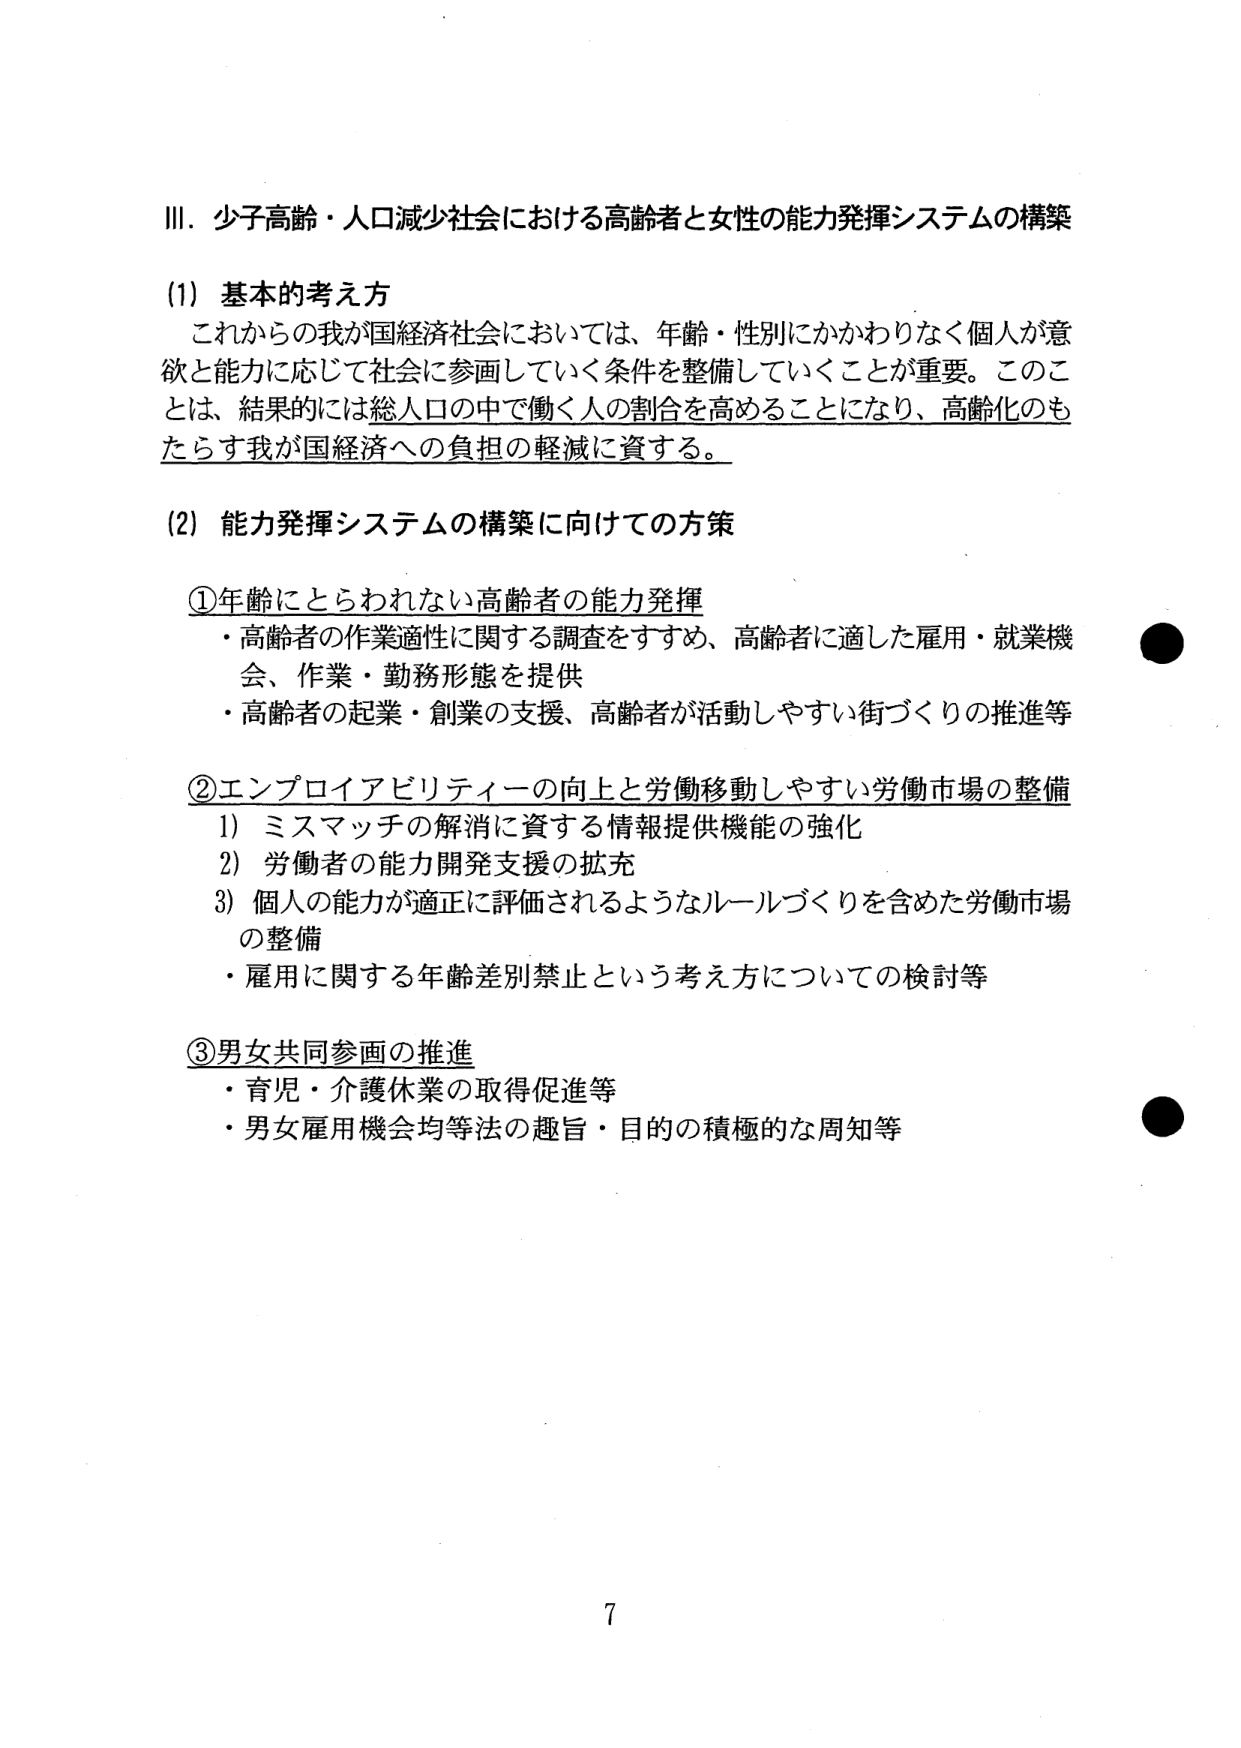
Ⅲ．少子高齢・人口減少社会における高齢者と女性の能力発揮システムの構築

(1) 基本的考え方
これからの我が国経済社会においては、年齢・性別にかかわりなく個人が意欲と能力に応じて社会に参画していく条件を整備していくことが重要。このことは、結果的には総人口の中で働く人の割合を高めることになり、高齢化のもたらす我が国経済への負担の軽減に資する。

(2) 能力発揮システムの構築に向けての方策

①年齢にとらわれない高齢者の能力発揮
・高齢者の作業適性に関する調査をすすめ、高齢者に適した雇用・就業機会、作業・勤務形態を提供
・高齢者の起業・創業の支援、高齢者が活動しやすい街づくりの推進等

②エンプロイアビリティーの向上と労働移動しやすい労働市場の整備
1) ミスマッチの解消に資する情報提供機能の強化
2) 労働者の能力開発支援の拡充
3) 個人の能力が適正に評価されるようなルールづくりを含めた労働市場の整備
・雇用に関する年齢差別禁止という考え方についての検討等

③男女共同参画の推進
・育児・介護休業の取得促進等
・男女雇用機会均等法の趣旨・目的の積極的な周知等

7